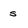
Character: s